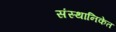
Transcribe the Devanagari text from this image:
संस्थानिकेत